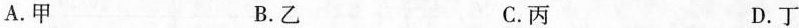
A.甲 B.乙 C.丙 D.丁